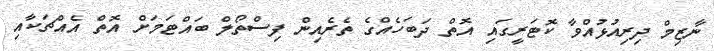
ނާޒިމް ދިރިއުޅުއްވާ ކޮޓަރީގައި އޮތް ދަބަހެއްގެ ތެރެއިން ފިސްތޯލް ބައްޓަމަށް އޮތް އެއްޗަކާއި